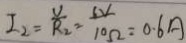
I _ { 2 } = \frac { V } { R _ { 2 } } = \frac { 6 V } { 1 0 \Omega } = 0 . 6 A